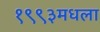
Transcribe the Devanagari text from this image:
१९९३मधला